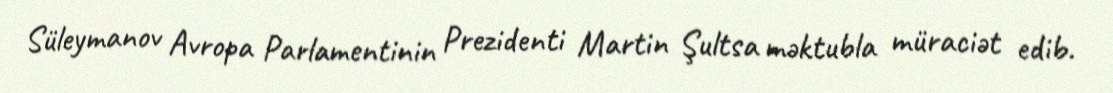
Süleymanov Avropa Parlamentinin Prezidenti Martin Şultsa məktubla müraciət edib.